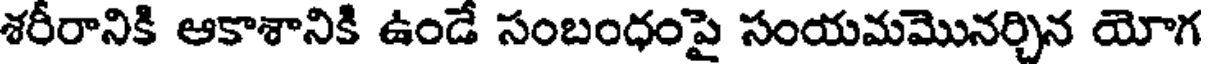
శరీరానికి ఆకాశానికి ఉండే సంబంధంపై సంయమమొనర్చిన యోగ